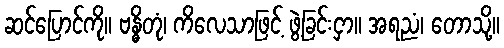
ဆင်ပြောင်ကို။ ဗန္ဓိတုံ၊ ကိလေသာဖြင့် ဖွဲ့ခြင်းငှာ။ အရညံ၊ တောသို့။